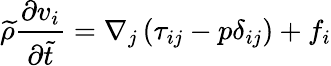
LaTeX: \widetilde{\rho}\frac{\partial v_{i}}{\partial\widetilde{t}}=\nabla_{j}\left(\tau_{ij}-p\delta_{ij}\right)+f_{i}